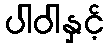
ပါဝါနှင့်